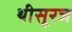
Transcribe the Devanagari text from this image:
थीसूरज